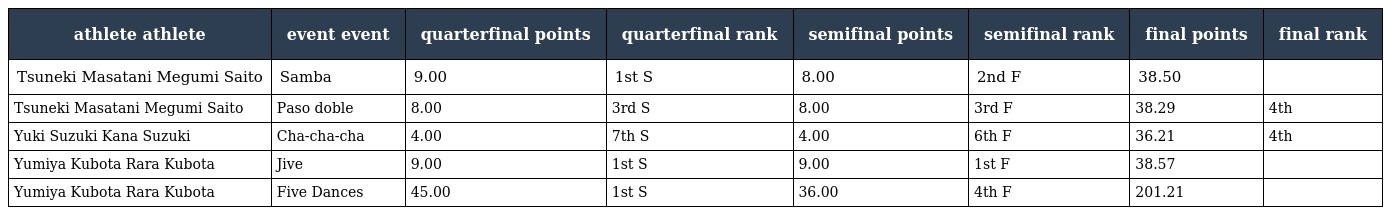
| athlete athlete | event event | quarterfinal points | quarterfinal rank | semifinal points | semifinal rank | final points | final rank |
 | --- | --- | --- | --- | --- | --- | --- | --- |
 | Tsuneki Masatani Megumi Saito | Samba | 9.00 | 1st S | 8.00 | 2nd F | 38.50 |  |
 | Tsuneki Masatani Megumi Saito | Paso doble | 8.00 | 3rd S | 8.00 | 3rd F | 38.29 | 4th |
 | Yuki Suzuki Kana Suzuki | Cha-cha-cha | 4.00 | 7th S | 4.00 | 6th F | 36.21 | 4th |
 | Yumiya Kubota Rara Kubota | Jive | 9.00 | 1st S | 9.00 | 1st F | 38.57 |  |
 | Yumiya Kubota Rara Kubota | Five Dances | 45.00 | 1st S | 36.00 | 4th F | 201.21 |  |